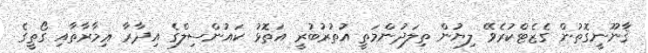
ޤާނޫނީގޮތުން ގެޒެޓްކުރެވޭ ލިޔުން ތިލަދުންމަތީ އުތުރުބުރީ އަތޮޅު ކައުންސިލްގެ އިދާރާ ޢިމާރާތާއި ގޯތީގެ